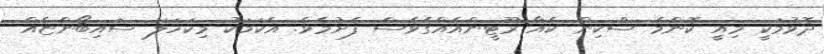
ދޮވުމަކީ މިއީ ކޮންމެ ސްކިން ކެއާ ރޫޓީންއެއްގެވެސް ފެށުމެވެ. އެކަމަކު މިކަހަލަ ސައިބޯންޏެއް